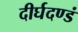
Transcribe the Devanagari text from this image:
दीर्घदण्डं